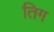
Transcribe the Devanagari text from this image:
तिग